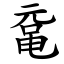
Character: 鼋